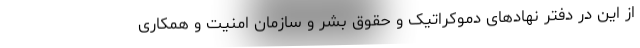
از این در دفتر نهادهای دموکراتیک و حقوق بشر و سازمان امنیت و همکاری